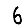
Digit: 6